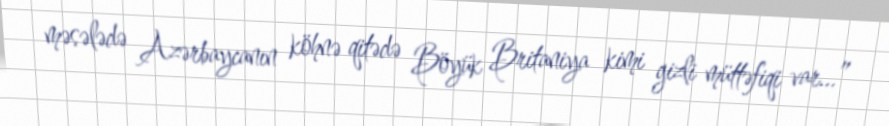
məsələdə Azərbaycanın köhnə qitədə Böyük Britaniya kimi gizli müttəfiqi var...”